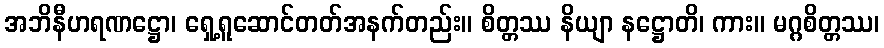
အဘိနီဟရဏဋ္ဌော၊ ရှေ့ရူဆောင်တတ်အနက်တည်း။ စိတ္တဿ နိယျာ နဋ္ဌောတိ၊ ကား။ မဂ္ဂစိတ္တဿ၊